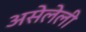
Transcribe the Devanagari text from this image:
असेलेली